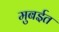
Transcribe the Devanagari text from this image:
मुबईत